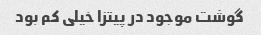
گوشت موجود در پیتزا خیلی کم بود